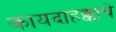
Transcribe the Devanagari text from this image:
कायदाहक्काचे